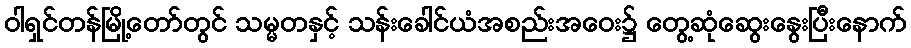
ဝါရှင်တန်မြို့တော်တွင် သမ္မတနှင့် သန်းခေါင်ယံအစည်းအဝေး၌ တွေ့ဆုံဆွေးနွေးပြီးနောက်